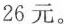
26元。